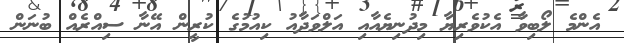
އެންމެ ލޯބިވާ އެކުވެރިޔާ މިދުނިޔެއާއި އަލްވަދާއު ކިއުމުގެ ކުރީން އޭނާ ސިއްރެއް ބުނަން